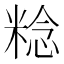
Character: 𥺴